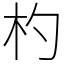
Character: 杓